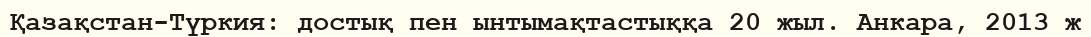
Қазақстан-Түркия: достық пен ынтымақтастыққа 20 жыл. Анкара, 2013 ж